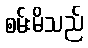
စမ်းမိသည်